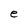
Character: e